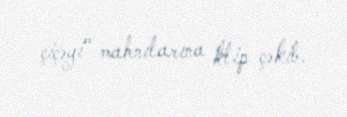
çiçəyi" mahnılarına klip çəkib.